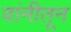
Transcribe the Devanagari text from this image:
वांनीतून